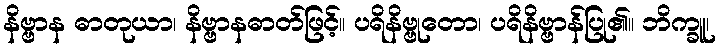
နိဗ္ဗာန ဓာတုယာ၊ နိဗ္ဗာနဓာတ်ဖြင့်။ ပရိနိဗ္ဗုတော၊ ပရိနိဗ္ဗာန်ပြု၏။ ဘိက္ခူ၊